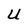
Character: U